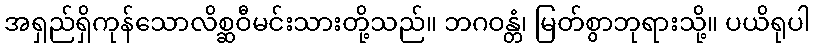
အရှည်ရှိကုန်သောလိစ္ဆဝီမင်းသားတို့သည်။ ဘဂဝန္တံ၊ မြတ်စွာဘုရားသို့။ ပယိရုပါ